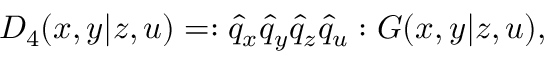
D _ { 4 } ( x , y | z , u ) = : \hat { q } _ { x } \hat { q } _ { y } \hat { q } _ { z } \hat { q } _ { u } : G ( x , y | z , u ) ,